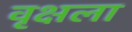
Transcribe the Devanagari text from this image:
वृक्षला